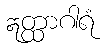
ဣတ္ထာဂါရံ